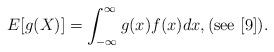
LaTeX: \begin{align*}E[g(X)] =\int_{-\infty}^\infty g(x) f(x) dx,(\textnormal{see} \,\, [9]).\end{align*}